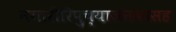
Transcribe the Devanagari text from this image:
नगारीरिपुच्याजनकासह